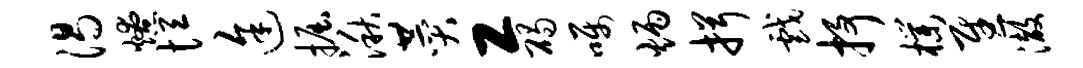
渴燎恒途掘湫赞工碣嘱炳揖戏抒朴慰澈